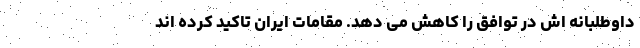
داوطلبانه اش در توافق را کاهش می دهد. مقامات ایران تاکید کرده اند